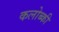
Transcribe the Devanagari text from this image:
कलोब्की